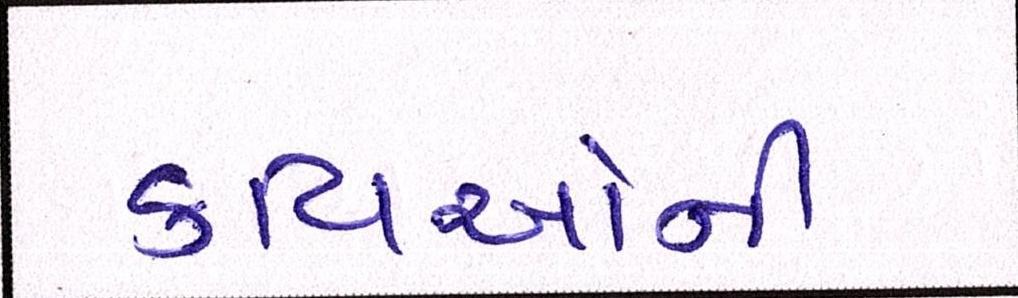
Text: કવિઓની